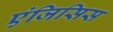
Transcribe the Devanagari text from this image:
एंजिसिस